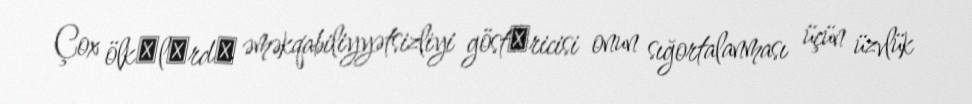
Çox ölkәlәrdә əməkqabiliyyətsizliyi göstәricisi onun sığortalanması üçün üzvlük